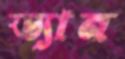
ড্যান